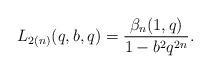
LaTeX: \begin{align*}L_{2(n)}(q,b,q)=\frac{\beta_n(1,q)}{1-b^2q^{2n}}.\end{align*}